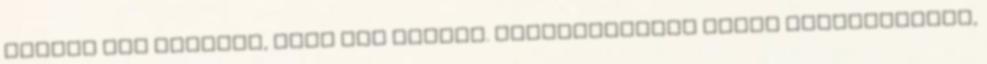
jutott még eszembe, vagy nem mertem. Összezavartál azzal kapcsolatban,